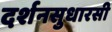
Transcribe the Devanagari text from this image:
दर्शनसुधारसी